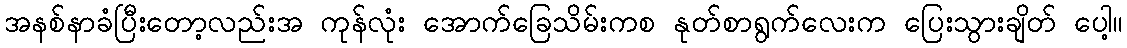
အနစ်နာခံပြီးတော့လည်းအ ကုန်လုံး အောက်ခြေသိမ်းကစ နုတ်စာရွက်လေးက ပြေးသွားချိတ် ပေါ့။